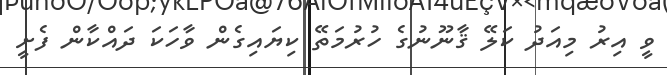
ވީ އިރު މިއަދު ކަލޭ ޤާނޫނުގެ ހުރުމަތޭ ކިޔައިގެން ވާހަކަ ދައްކާން ފެށީ